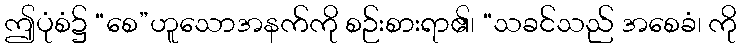
ဤပုံစံ၌ “စေ”ဟူသောအနက်ကို စဉ်းစားရာ၏၊ “သခင်သည် အစေခံ၊ ကို